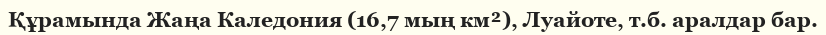
Құрамында Жаңа Каледония (16,7 мың км²), Луайоте, т.б. аралдар бар.